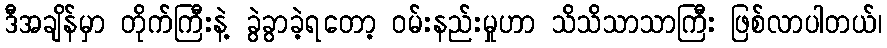
ဒီအချိန်မှာ တိုက်ကြီးနဲ့ ခွဲခွာခဲ့ရတော့ ဝမ်းနည်းမှုဟာ သိသိသာသာကြီး ဖြစ်လာပါတယ်၊